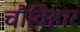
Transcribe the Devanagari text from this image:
चौविहार